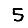
Digit: 5